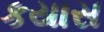
કયાસ